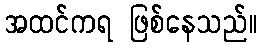
အထင်ကရ ဖြစ်နေသည်။